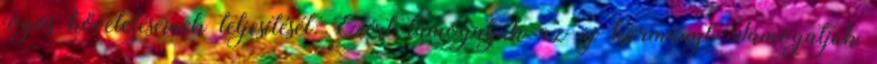
jogos követeléseinek teljesítését. Ezért támogatjuk az új kormányt Támogatjuk